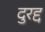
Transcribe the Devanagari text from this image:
दुरद्द